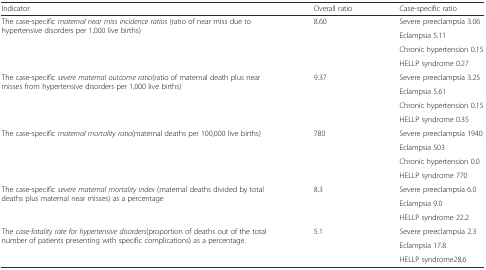
<table><thead><tr><td><b>Indicator</b></td><td><b>Overall ratio</b></td><td><b>Case-specific ratio</b></td></tr></thead><tbody><tr><td rowspan="4">The case-specific <i>maternal near miss incidence ratios</i> (ratio of near miss due to hypertensive disorders per 1,000 live births)</td><td rowspan="4">8.60</td><td>Severe preeclampsia 3.06</td></tr><tr><td>Eclampsia 5.11</td></tr><tr><td>Chronic hypertension 0.15</td></tr><tr><td>HELLP syndrome 0.27</td></tr><tr><td rowspan="4">The case-specific <i>severe maternal outcome ratio</i>(ratio of maternal death plus near misses from hypertensive disorders per 1,000 live births)</td><td rowspan="4">9.37</td><td>Severe preeclampsia 3.25</td></tr><tr><td>Eclampsia 5.61</td></tr><tr><td>Chronic hypertension 0.15</td></tr><tr><td>HELLP syndrome 0.35</td></tr><tr><td rowspan="4">The case-specific <i>maternal mortality ratio</i>(maternal deaths per 100,000 live births)</td><td rowspan="4">780</td><td>Severe preeclampsia 1940</td></tr><tr><td>Eclampsia 503</td></tr><tr><td>Chronic hypertension 0.0</td></tr><tr><td>HELLP syndrome 770</td></tr><tr><td rowspan="3">The case-specific <i>severe maternal mortality index</i> (maternal deaths divided by total deaths plus maternal near misses) as a percentage</td><td rowspan="3">8.3</td><td>Severe preeclampsia 6.0</td></tr><tr><td>Eclampsia 9.0</td></tr><tr><td>HELLP syndrome 22.2</td></tr><tr><td rowspan="3">The <i>case-fatality rate for hypertensive disorders</i>(proportion of deaths out of the total number of patients presenting with specific complications) as a percentage.</td><td rowspan="3">5.1</td><td>Severe preeclampsia 2.3</td></tr><tr><td>Eclampsia 17.8</td></tr><tr><td>HELLP syndrome28.6</td></tr></tbody></table>